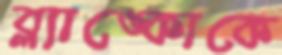
ব্ল্যাঙ্কোকে